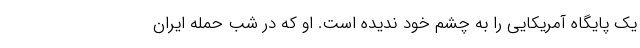
یک پایگاه آمریکایی را به چشم خود ندیده است. او که در شب حمله ایران